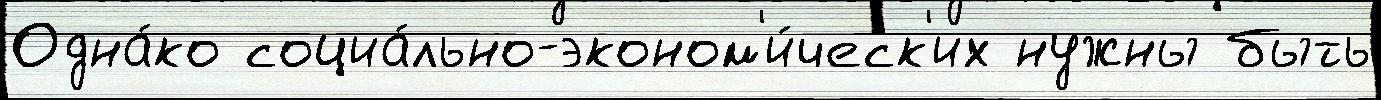
Одна́ко социа́льно-эконом'и́ческ'их нужны быть